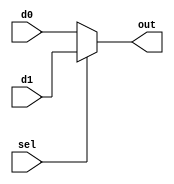
`timescale 1ns / 1ps

// 
module sel_bits_1_mux
#(	// DATA_BITS 2
	parameter DATA_BITS = 2
)
(
	input wire [DATA_BITS-1:0] d0, d1,
	input wire sel,
	output wire [DATA_BITS-1:0] out
);

assign out = sel? d1: d0;

endmodule